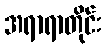
အရာရာတိုင်း